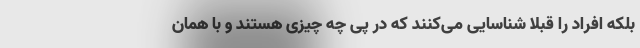
بلکه افراد را قبلاً شناسایی می‌کنند که در پی چه چیزی هستند و با همان